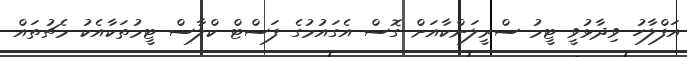
އަފްލާހު ވިދާޅުވީ ޓީމު ސްރީލަންކާއަށް ގޮސް އެގައުމުގެ ފަސްޓް ކްލާސް ޓީމުތަކާއެކު މެޗުތައް